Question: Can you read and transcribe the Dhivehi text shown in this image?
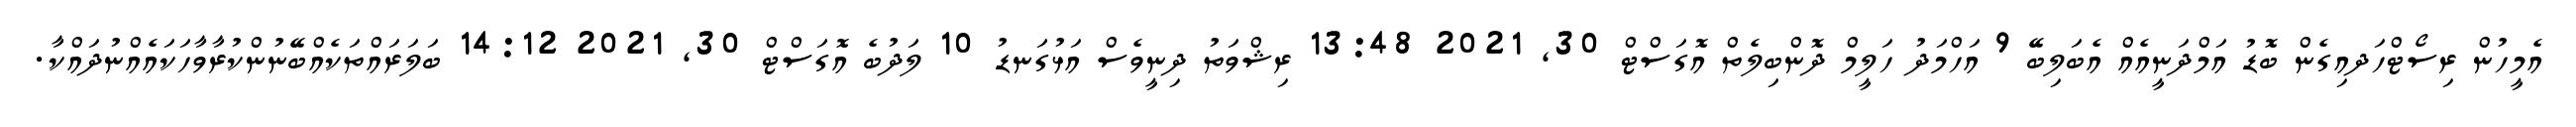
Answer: އެމީހުން ރިސޯޓްހަދއިގެން ބޮޑު އަމްދަނީއެއް އެބަލިބޭ 9 އަހްމަދު ހަލީމް ދޮންބިލެތް އޮގަސްޓް 30, 2021 13:48 ރިޝްވަތު ދިނީވެސް އަޅުގަނޑު 10 ލަދުބެ އޮގަސްޓް 30, 2021 14:12 ބަލަރައްތަކެއްބޭނުންކުރާވާހަކައެއްނުދައްކާ.